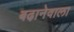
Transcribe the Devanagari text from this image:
बढा़नेवाला